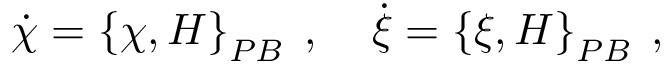
{ \dot { \chi } } = \left\{ \chi , H \right\} _ { P B } \; , \; \; \; \; { \dot { \xi } } = \left\{ \xi , H \right\} _ { P B } \; ,